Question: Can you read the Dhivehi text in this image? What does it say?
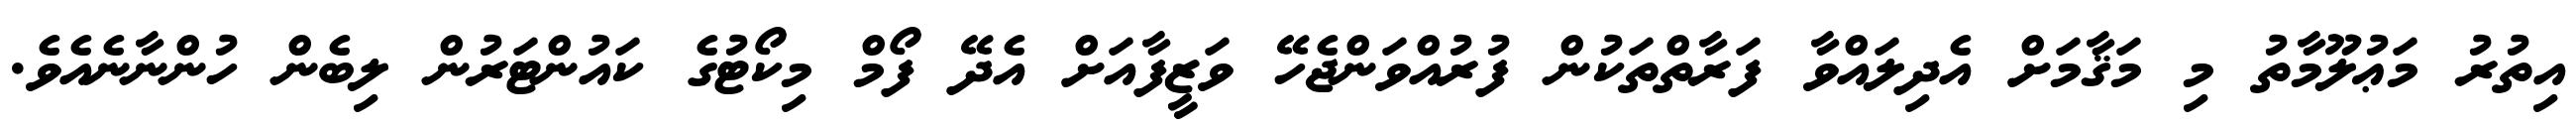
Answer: އިތުރު މަޢުލޫމާތު މި މަޤާމަށް އެދިލައްވާ ފަރާތްތަކުން ފުރުއްވަންޖެހޭ ވަޒީފާއަށް އެދޭ ފޯމް މިކޯޓުގެ ކައުންޓަރުން ލިބެން ހުންނާނެއެވެ.